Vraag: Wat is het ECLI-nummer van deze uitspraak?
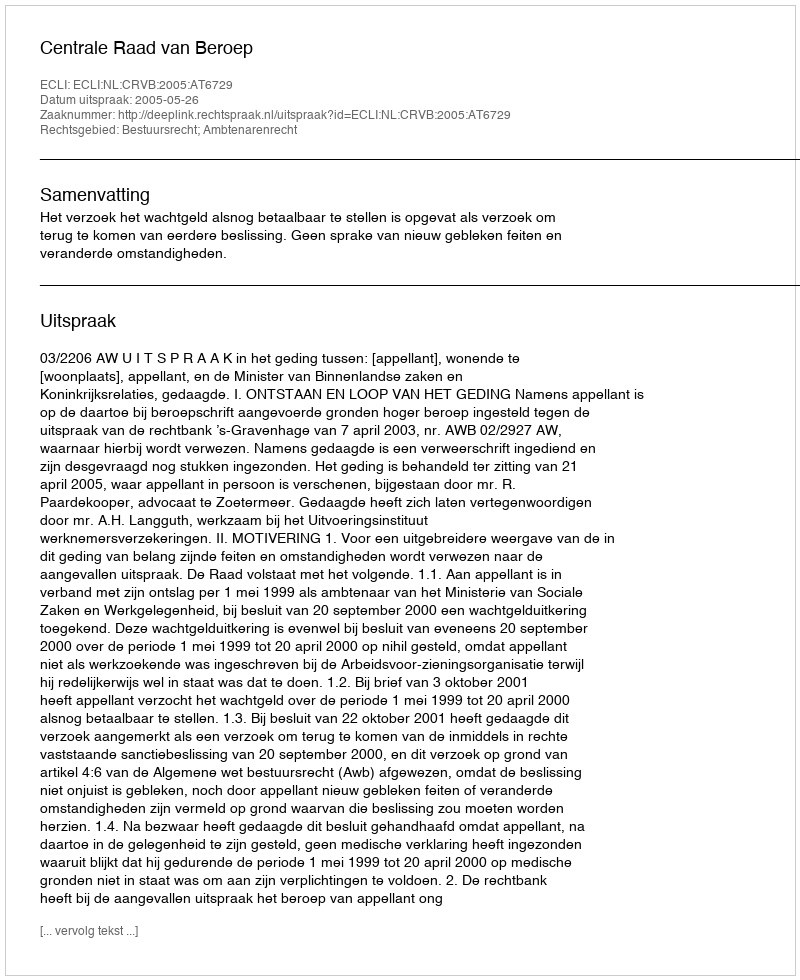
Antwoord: ECLI:NL:CRVB:2005:AT6729